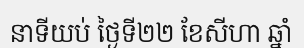
នាទីយប់ ថ្ងៃទី២២ ខែសីហា ឆ្នាំ